Annual administration report of the Civil Veterinary Department of India - 1895-1896
Year: 1895
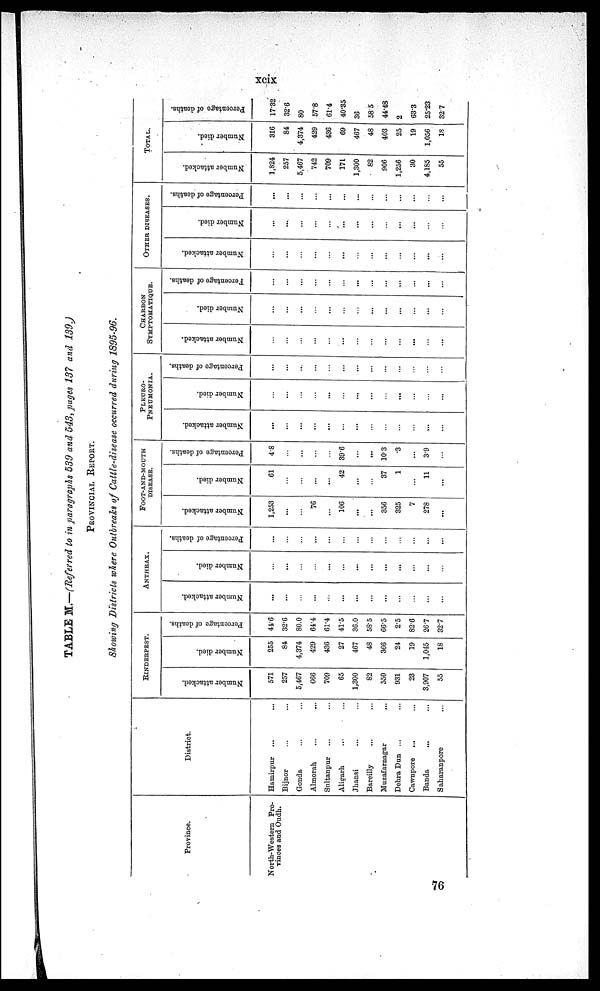
xcix
TABLE M.—(Referred to in paragraphs 539 and 543, pages 137 and 139.)
PROVINCIAL REPORT.
Showing Districts where Outbreaks of Cattle-disease occurred during 1895-96.
Province.
North-Western Pro-
vinces and Oudh.
District.
Hamirpur ... ...
Bijnor ... ...
Gonda ... ...
Almorah ... ...
Sultanpur ... ...
Aligarh ... ...
Jhansi ... ...
Bareilly ... ...
Muzafarnagar ... ...
Dehra Dun ... ...
Cawnpore ... ...
Banda ... ...
Saharanpore ... ...
RINDERPEST.
Number attacked.
571
257
5,467
666
709
65
1,300
82
550
931
23
3,907
55
Number died.
255
84
4,374
429
436
27
467
48
366
24
19
1,045
18
Percentage of deaths.
44.6
32.6
80.0
64.4
61.4
41.5
36.0
58.5
66.5
2.5
82.6
267
32.7
ANTHRAX.
Number attacked.
...
...
...
...
...
...
...
...
...
...
...
...
...
Number died.
...
...
...
...
...
...
...
...
...
...
...
...
...
Percentage of deaths.
...
...
...
...
...
...
...
...
...
...
...
...
...
FOOT-AND-MOUTH
DISEASE.
Number attacked.
1,253
...
...
76
...
106
...
...
356
325
7
278
...
Number died.
61
...
...
...
...
42
...
...
37
1
...
11
...
Percentage of deaths.
4.8
...
...
...
...
39.6
...
...
10.3
3
...
3.9
...
PLEURO-
PNEUMONIA.
Number attacked.
...
...
...
...
...
...
...
...
...
...
...
...
...
Number died.
...
...
...
...
...
...
...
...
...
...
...
...
...
Percentage of deaths.
...
...
...
...
...
...
...
...
...
...
...
...
...
CHARBON
STMPTOMATIQUE.
Number attacked.
...
...
...
...
...
...
...
...
...
...
...
...
...
Number died.
...
...
...
...
...
...
...
...
...
...
...
...
...
Percentage
of deaths.
...
...
...
...
...
...
...
...
...
...
...
...
...
OTHER DISEASES.
Number attacked.
...
...
...
...
...
...
...
...
...
...
...
...
...
Number died.
...
...
...
...
...
...
...
...
...
...
...
...
...
Percentage of deaths.
...
...
...
...
...
...
...
...
...
...
...
...
...
Number attacked.
1,824
257
5,467
742
709
171
1,300
82
906
1,256
30
4,185
55
TOTAL.
Number died.
316
84
4,374
429
436
69
467
48
403
25
19
1,056
18
Percentage of deaths.
17.32
32.6
80
57.8
61.4
40.35
36
58.5
44.48
2
63.3
25.23
32.7
76